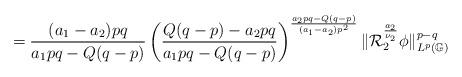
LaTeX: \begin{align*}=\frac{(a_{1}-a_{2})pq}{a_{1}pq-Q(q-p)}\left(\frac{Q(q-p)-a_{2}pq}{a_{1}pq-Q(q-p)}\right)^{\frac{a_{2}pq-Q(q-p)}{(a_{1}-a_{2})p^{2}}}\|\mathcal{R}_{2}^{\frac{a_{2}}{\nu_{2}}}\phi\|_{L^{p}(\mathbb{G})}^{p-q}\end{align*}